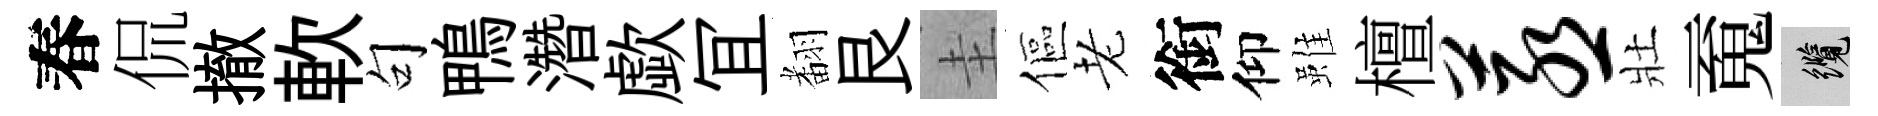
春侃撤軟句鴨濳歔冝𮋒艮圭傴老銜仰雖檀蒸壯䰟纜